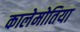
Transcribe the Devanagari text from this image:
कालेमोतिया